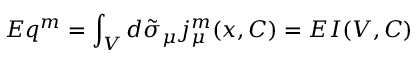
E q ^ { m } = \int _ { V } d \tilde { \sigma } _ { \mu } j _ { \mu } ^ { m } ( x , C ) = E I ( V , C )